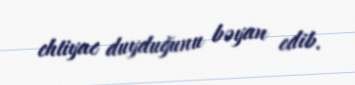
ehtiyac duyduğunu bəyan edib.